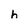
Character: h